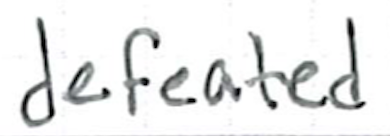
Text: defeated
Cross-out: clean
Writing tool: ballpoint